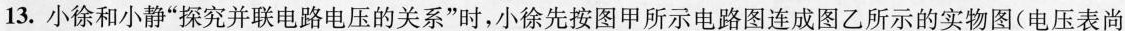
13.小徐和小静”探究并联电路电压的关系”时，小徐先按图甲所示电路图连成图乙所示的实物图(电压表尚